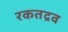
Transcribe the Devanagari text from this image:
रकतद्रव